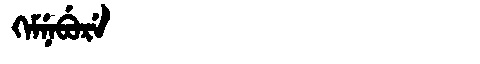
Manchu: ᡴᡝᠮᠨᡝᠪᡠᡵᡝ
Romanization: KEMNEBURE